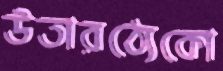
উতারঠ্যেকো